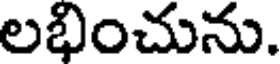
లభించును.